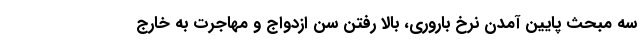
سه مبحث پایین آمدن نرخ باروری، بالا رفتن سن ازدواج و مهاجرت به خارج